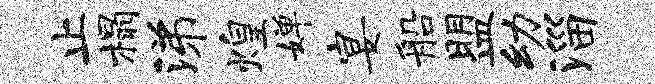
止榻涕煌婵宴船盟幼淄